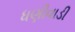
ધણીવાડી